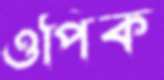
ওপিক